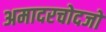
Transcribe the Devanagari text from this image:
अमादरचोदजो